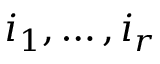
i _ { 1 } , \dots , i _ { r }